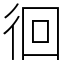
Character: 徊